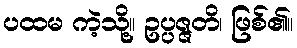
ပထမ ကဲ့သို့။ ဥပ္ပဇ္ဇတိ၊ ဖြစ်၏။